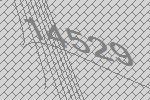
14529